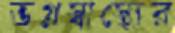
ভগ্নস্বাস্থ্যের